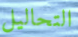
التحاليل